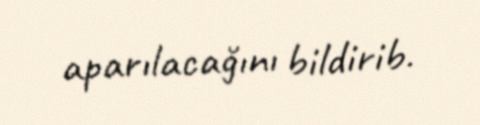
aparılacağını bildirib.